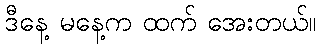
ဒီနေ့ မနေ့က ထက် အေးတယ်။